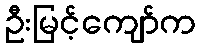
ဦးမြင့်ကျော်က